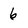
Character: 6